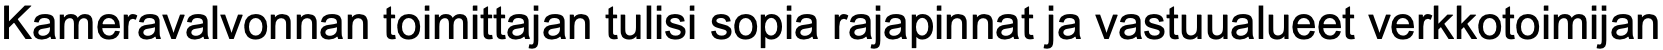
Kameravalvonnan toimittajan tulisi sopia rajapinnat ja vastuualueet verkkotoimijan